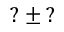
? \pm ?